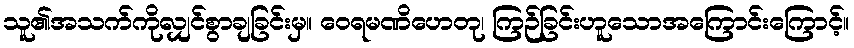
သူ၏အသက်ကိုလျှင်စွာချခြင်းမှ။ ဝေရမဏိဟေတု၊ ကြဉ်ခြင်းဟူသောအကြောင်းကြောင့်။